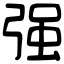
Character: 强